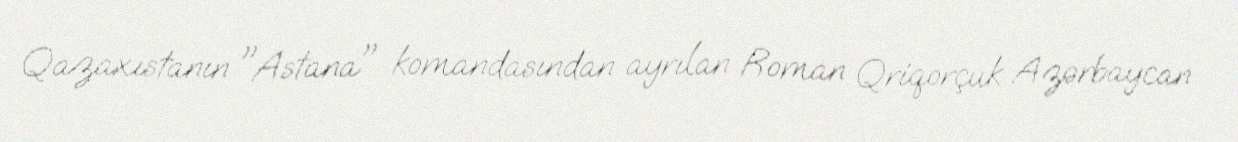
Qazaxıstanın "Astana" komandasından ayrılan Roman Qriqorçuk Azərbaycan